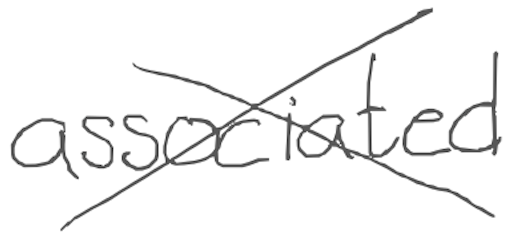
Text: associated
Cross-out: cross
Writing tool: digital_gray